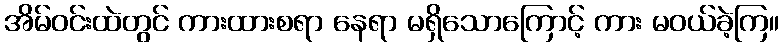
အိမ်ဝင်းထဲတွင် ကားထားစရာ နေရာ မရှိသောကြောင့် ကား မဝယ်ခဲ့ကြ။